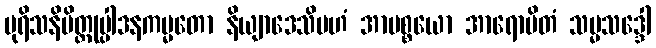
ပုရိသနိမိတ္တုပ္ပါဒနကမ္မတော နိယျာဒေသိမဟံ အာပစ္စယော အာရောပိတံ သမ္မသဒ္ဒေါ